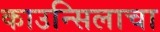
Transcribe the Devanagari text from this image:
काउन्सिलाचा